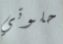
حلوتي